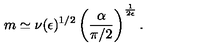
m \simeq \nu ( { \epsilon } ) ^ { 1 / 2 } \left( \frac { \alpha } { \pi / 2 } \right) ^ { \frac { 1 } { 2 \epsilon } } .